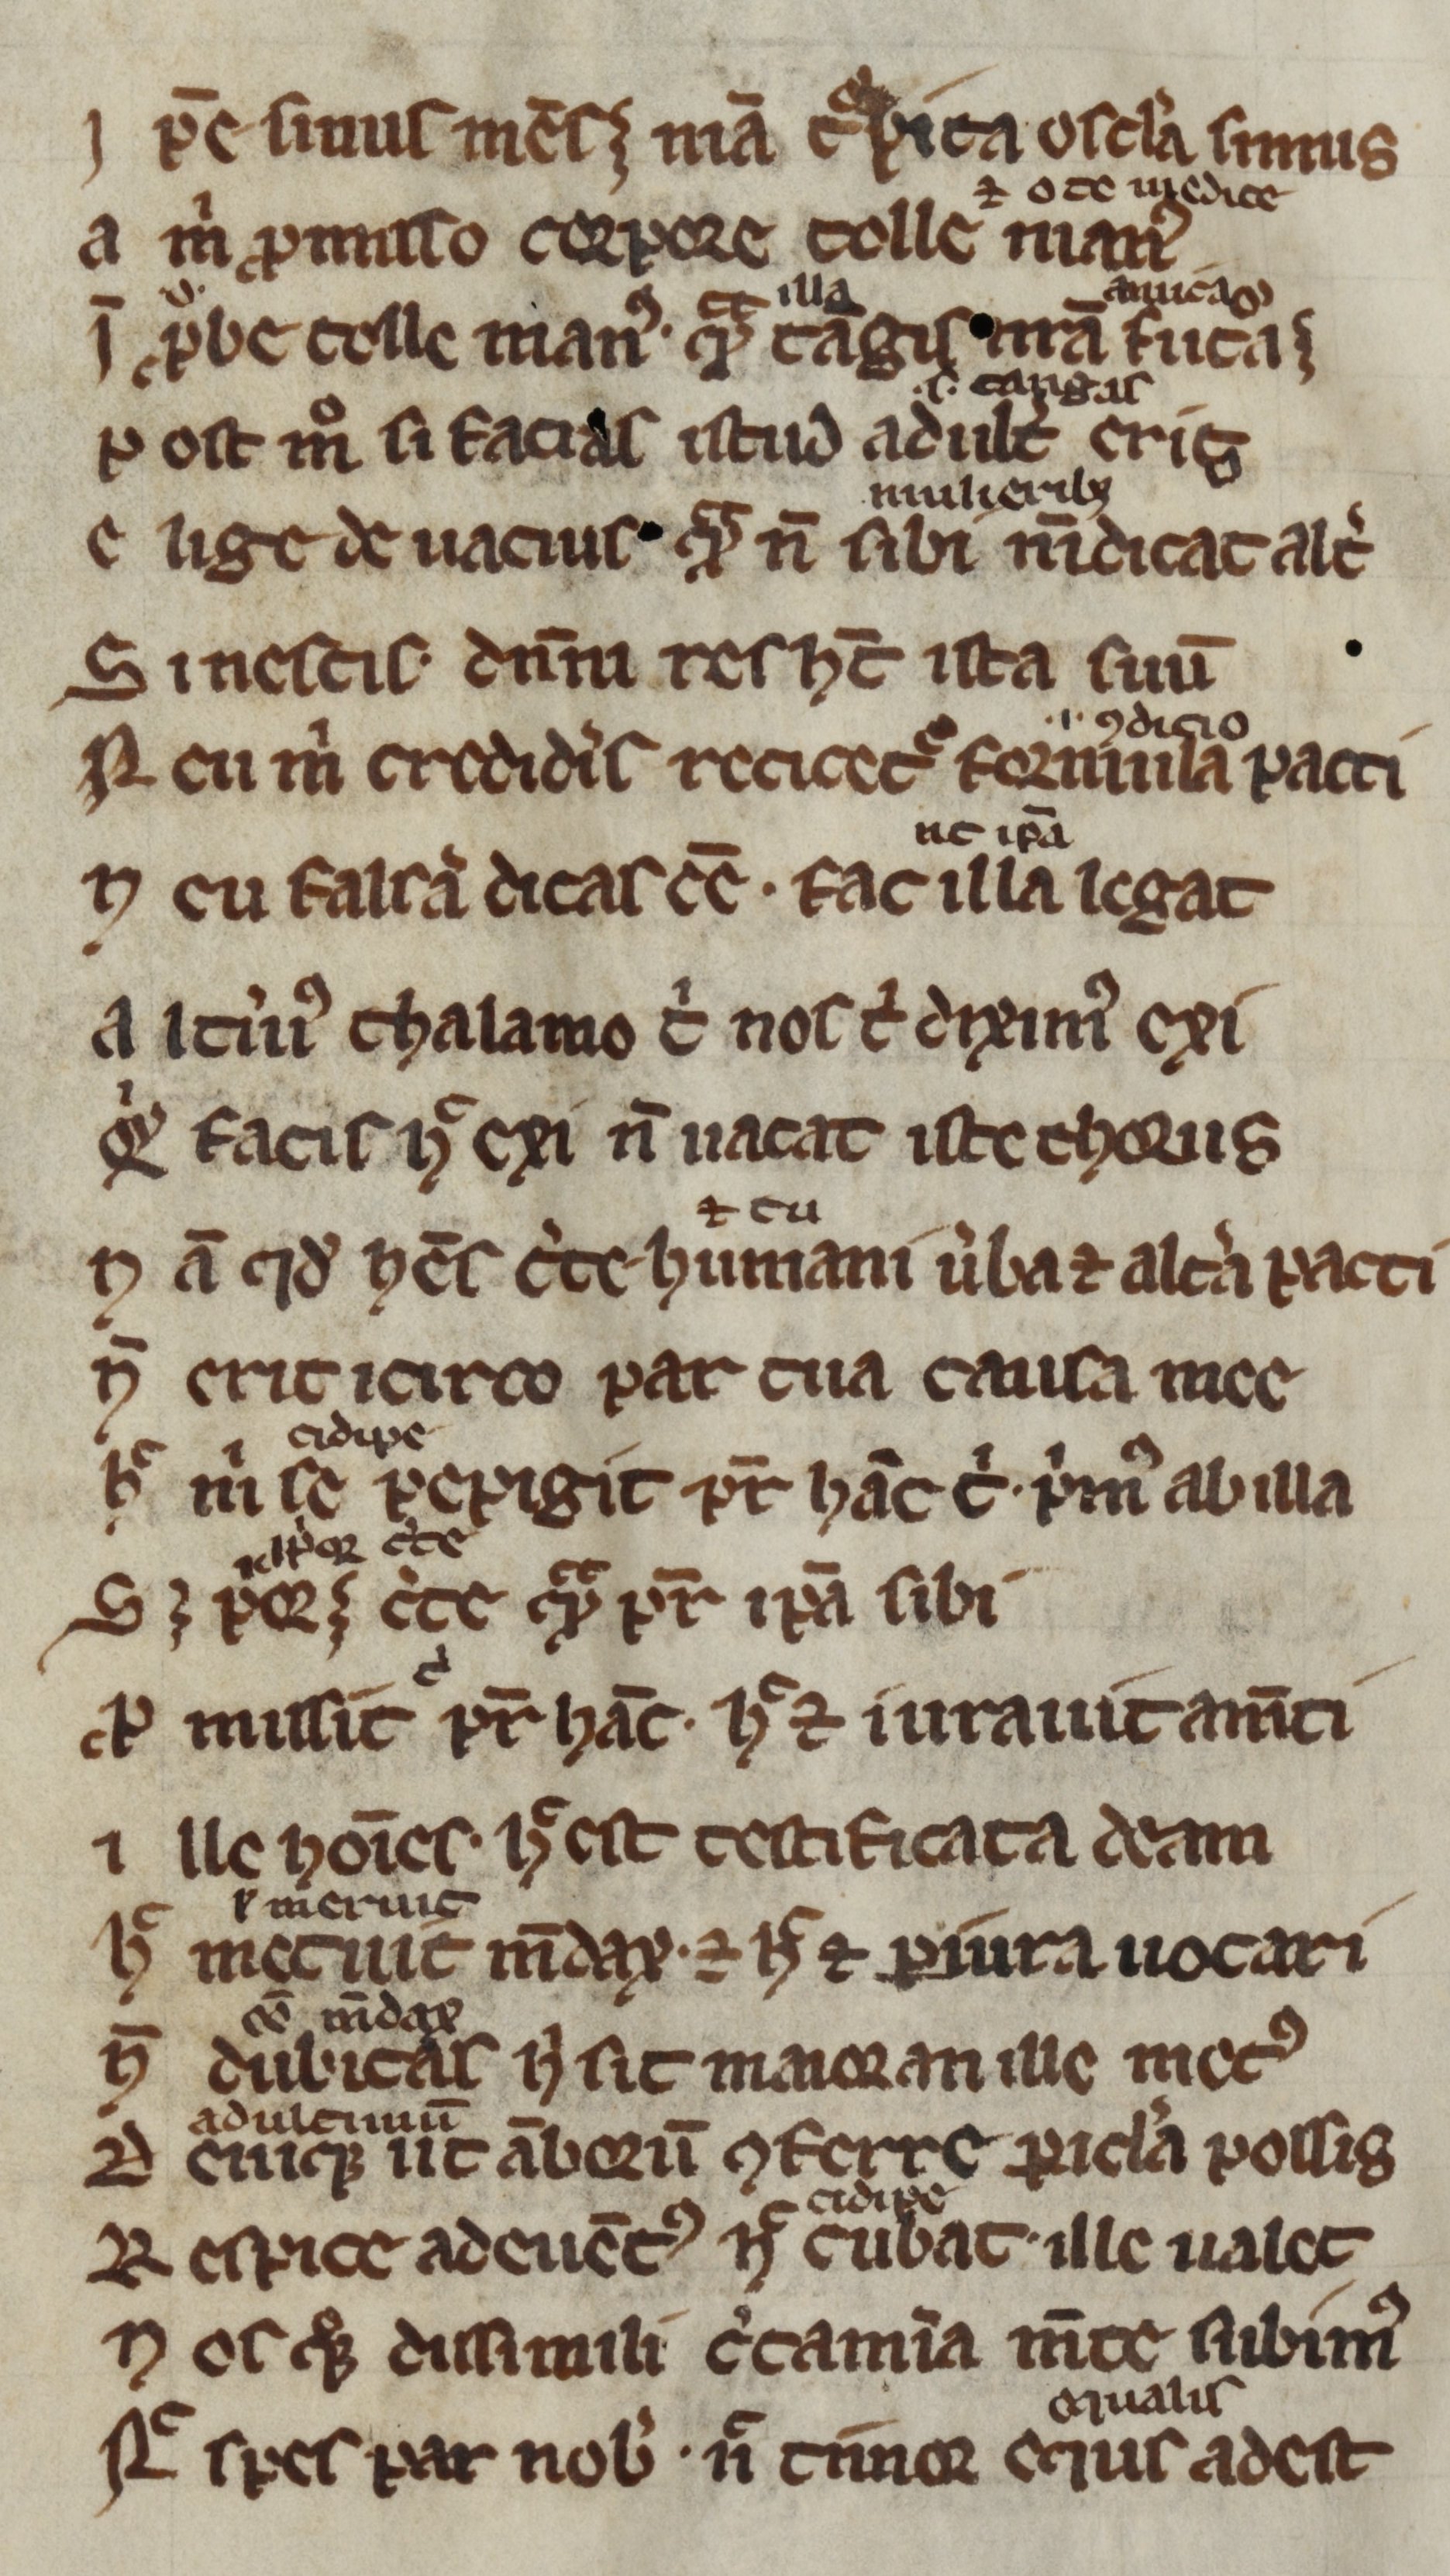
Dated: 1300–1399